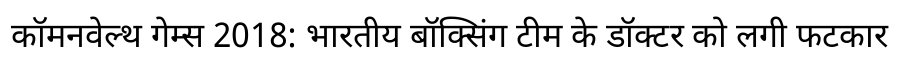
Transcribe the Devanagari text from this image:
कॉमनवेल्थ गेम्स 2018: भारतीय बॉक्सिंग टीम के डॉक्टर को लगी फटकार